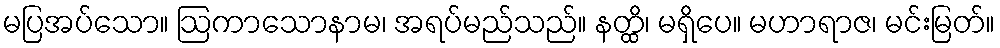
မပြအပ်သော။ ဩကာသောနာမ၊ အရပ်မည်သည်။ နတ္ထိ၊ မရှိပေ။ မဟာရာဇ၊ မင်းမြတ်။